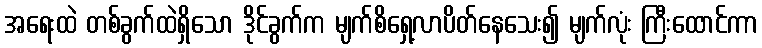
အရေးထဲ တစ်ခွက်ထဲရှိသော ဒိုင်ခွက်က မျက်စိရှေ့လာပိတ်နေသေး၍ မျက်လုံး ကြီးထောင်ကာ